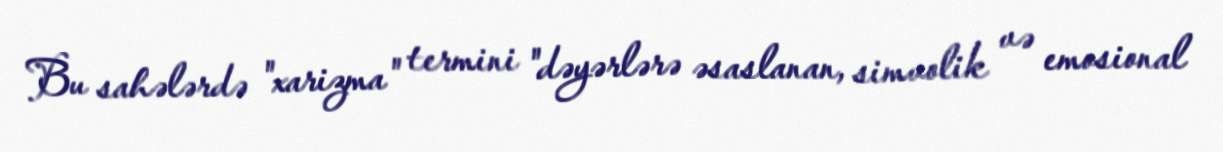
Bu sahələrdə "xarizma" termini "dəyərlərə əsaslanan, simvolik və emosional